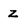
Character: z